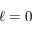
\ell = 0